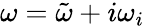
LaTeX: \omega=\tilde{\omega}+i\omega_{i}